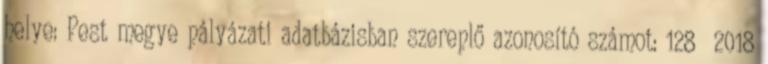
helye: Pest megye pályázati adatbázisban szereplő azonosító számot: 128 2018